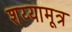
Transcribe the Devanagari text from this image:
शय्यामूत्र